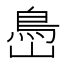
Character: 㠀